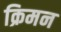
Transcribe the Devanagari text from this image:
क्रिमन